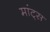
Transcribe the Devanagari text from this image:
मांट्स